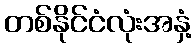
တစ်နိုင်ငံလုံးအနှံ့